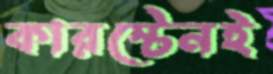
কারস্টেনই